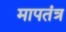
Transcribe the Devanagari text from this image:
मापतंत्र